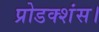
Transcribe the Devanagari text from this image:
प्रोडक्शंस।